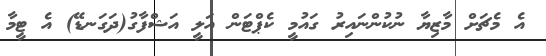
އެ މެޗަށް މާޒިޔާ ނުކުންނައިރު ގައުމީ ކެޕްޓަން އަލީ އަޝްފާގު(ދަގަނޑޭ) އެ ޓީމާ